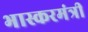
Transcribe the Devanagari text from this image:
भास्करमंत्री